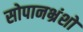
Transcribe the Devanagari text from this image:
सोपानभ्रंशों